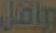
وباقل